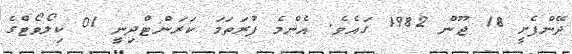
ދޭންފެށީ 18 ޖޫން 1982 ގައެވެ. އެންމެ ފުރަތަމަ ކަރަންޓްދިނީ 01 ކިލޯވޯޓްގެ